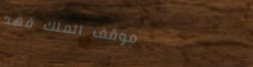
موقف الملك فهد